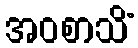
အဝစာသိံ